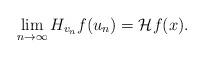
LaTeX: \begin{align*}\lim_{n\to \infty} H_{v_n}f(u_n)=\mathcal{H}f(x).\end{align*}